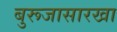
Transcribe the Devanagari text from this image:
बुरूजासारखा